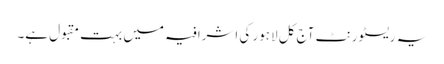
یہ ریسٹورنٹ آج کل لاہور کی اشرافیہ میں بہت مقبول ہے۔